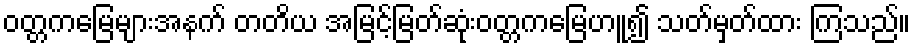
ဝတ္တကမြေများအနက် တတိယ အမြင့်မြတ်ဆုံးဝတ္တကမြေဟူ၍ သတ်မှတ်ထား ကြသည်။